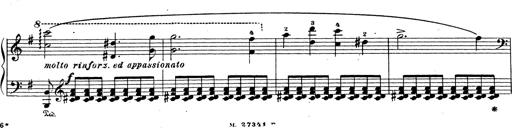
Title: Grosses Konzertsolo
Composer: Franz Liszt